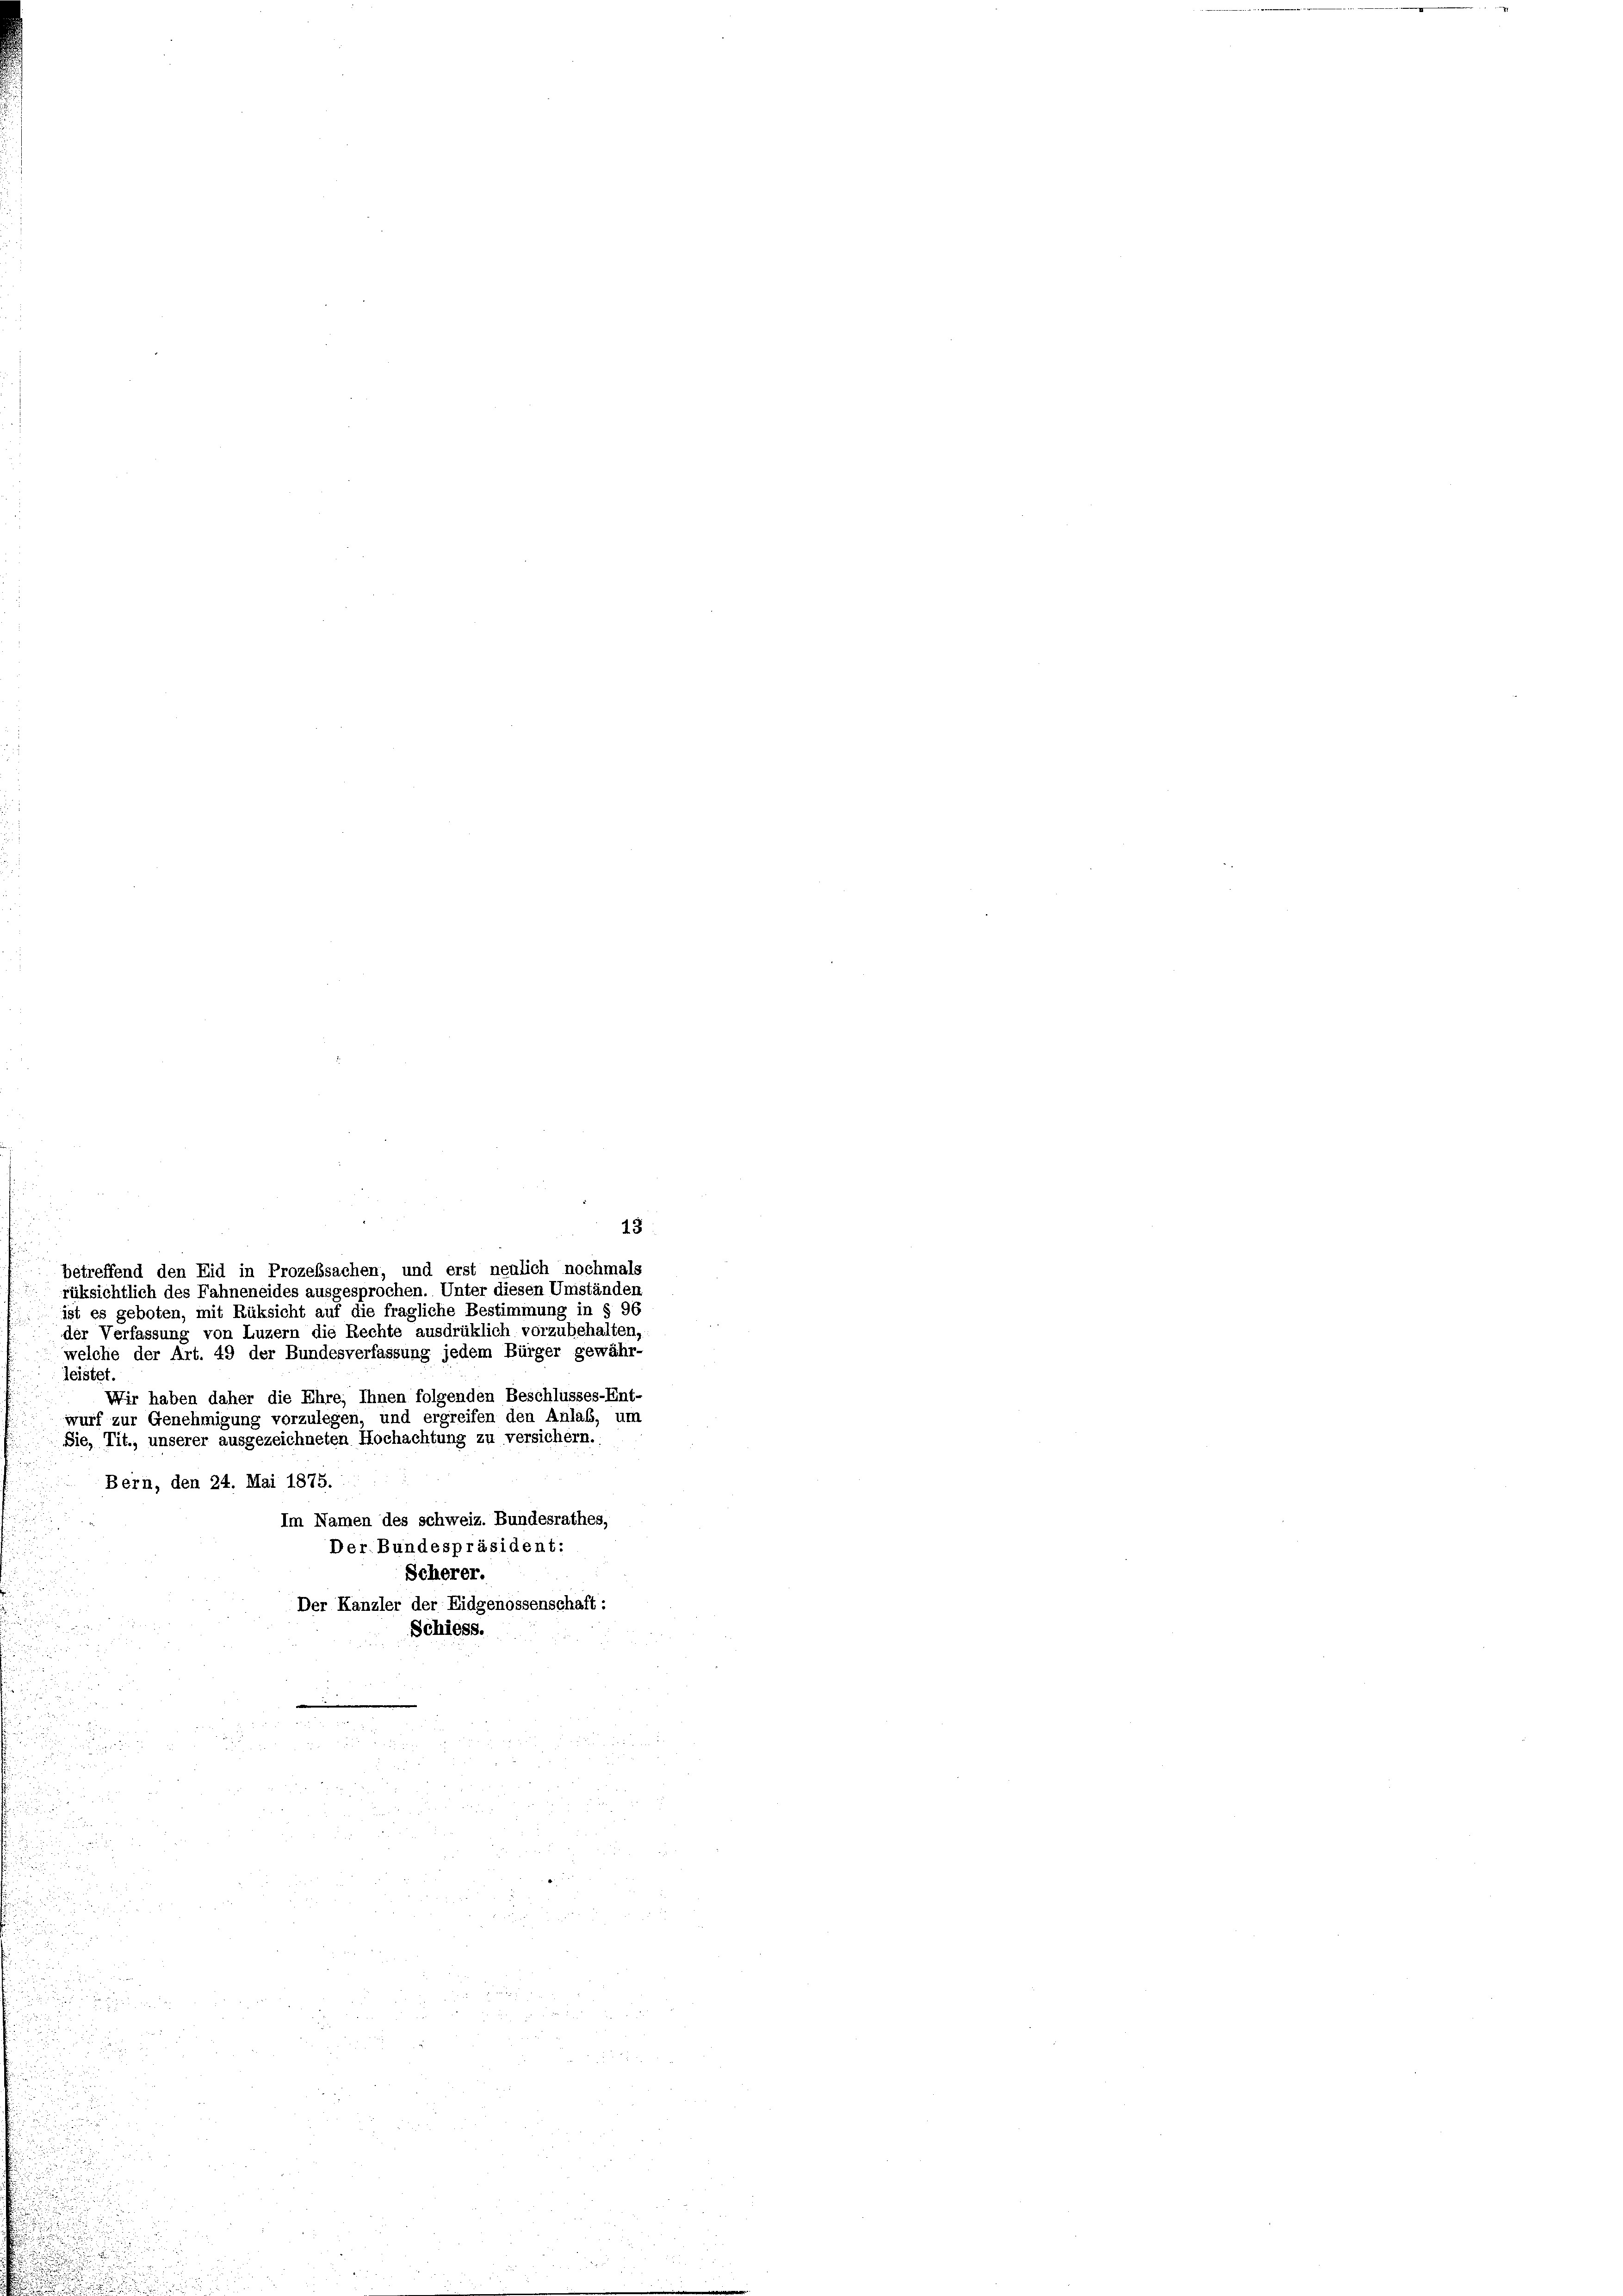
13
rüksichtlich des Fahneneides ausgesprochen. Unter diesen Umständen
ist es geboten, mit Rüksicht auf die fragliche Bestimmung in § 96
der Verfassung von Luzern die Rechte ausdrüklich vorzubehalten,
welche der Art. 49 der Bundesverfassung jedem Bürger gewähr-
leistet.
Wir haben daher die Ehre, Ihnen folgenden Beschlusses-Ent-
wurf zur Genehmigung vorzulegen, und ergreifen den Anlass, um
Sie, Tit., unserer ausgezeichneten Hochachtung zu versichern.
Bern, den 24. Mai 1875.
Im Namen des schweiz. Bundesrathes,
Der Bundespräsident:
Scherer.
Der Kanzler der Eidgenossenschaft:
Schiess.

betreffend den Eid in Prozeßsachen, und erst neulich nochmals